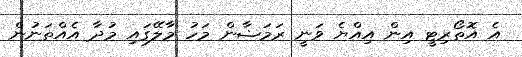
އެ އޮތޯރިޓީ އިން އިއްޔެ ވަނީ ރަމަޟާން މަހު މާލޭގައި މުދާ އެއްތަނުން